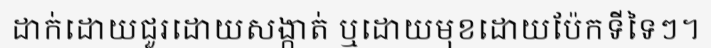
ដាក់ដោយជួរដោយសង្កាត់ ឬដោយមុខដោយប៉ែកទីទៃៗ។